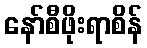
နော်စီဖိုးရာစိန်